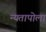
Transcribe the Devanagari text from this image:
न्यतापोला